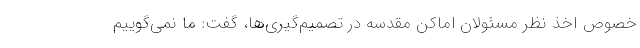
خصوص اخذ نظر مسئولان اماکن مقدسه در تصمیم‌گیری‌ها، گفت: ما نمی‌گوییم